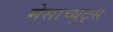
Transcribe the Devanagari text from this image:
मेसाच्युट्स